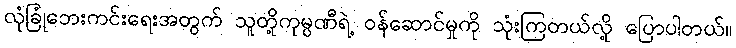
လုံခြုံဘေးကင်းရေးအတွက် သူတို့ကုမ္ပဏီရဲ့ ဝန်ဆောင်မှုကို သုံးကြတယ်လို့ ပြောပါတယ်။